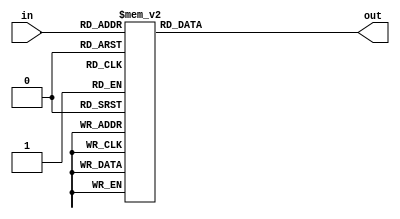
module top_module( 
    input [2:0] in,
    output [1:0] out );

    always@(*) begin
        case(in)
            3'b000:out = 2'b00;
            3'b001:out = 2'b01;
            3'b010:out = 2'b01;
            3'b011:out = 2'b10;
            3'b100:out = 2'b01;
            3'b101:out = 2'b10;
            3'b110:out = 2'b10;
            3'b111:out = 2'b11;
            default:out = 2'b00;
        endcase
    end

endmodule